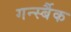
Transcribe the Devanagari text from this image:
गर्न्स्बैक